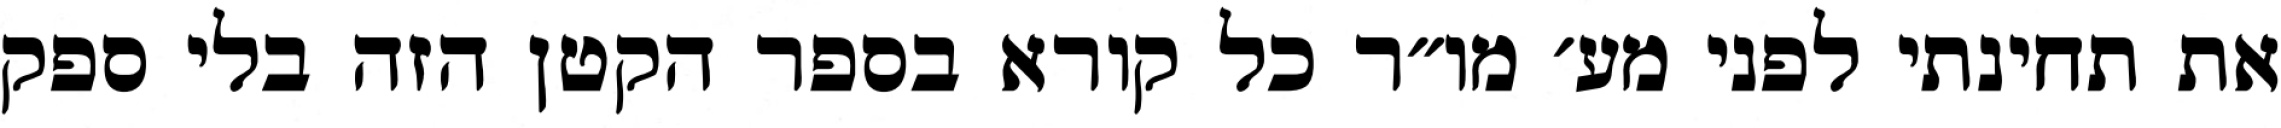
את תחינתי לפני מע׳ מו״ר כל קורא בספר הקטן הזה בלי ספק